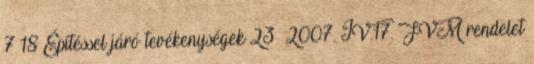
7 18 Építéssel járó tevékenységek 23 2007. IV.17. FVM rendelet